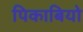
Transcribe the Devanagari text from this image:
पिकाबियो